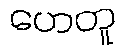
ဟေတူ